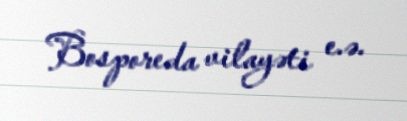
Bosporeda vilayəti e.ə.